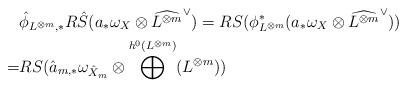
LaTeX: \begin{align*}&\hat{\phi}_{L^{\otimes m},*} R\hat{S}(a_*\omega_X\otimes\widehat{L^{\otimes m}}^{\vee})=RS(\phi_{L^{\otimes m}}^*(a_*\omega_X\otimes\widehat{L^{\otimes m}}^{\vee})) \\=& RS(\hat{a}_{m,*}\omega_{\hat{X}_m}\otimes\bigoplus^{h^0(L^{\otimes m})}(L^{\otimes m}))\end{align*}